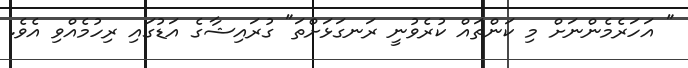
" އަހަރެމެންނަށް މި ކަންތައް ކުރެވުނީ ރަނގަޅަށްތަ" ގުރައިޝާގެ އަޑުގައި ރިހުމެއްވި އެވެ.